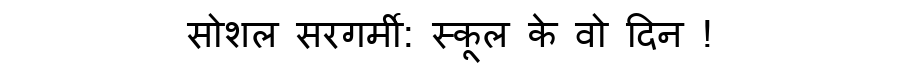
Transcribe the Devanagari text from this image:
सोशल सरगर्मी: स्कूल के वो दिन !